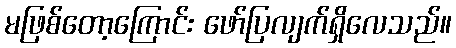
မဖြစ်တော့ကြောင်း ဖော်ပြလျက်ရှိလေသည်။